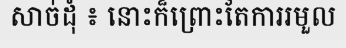
សាច់ដុំ ៖ នោះក៏ព្រោះតែការរមួល